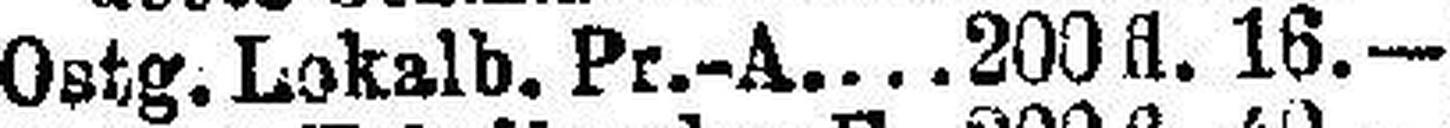
Ostg. Lokalb. Pr.-A. 200 fl. 16.—